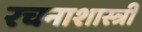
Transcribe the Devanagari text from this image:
रचनाशास्त्री